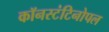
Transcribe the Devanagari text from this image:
कॉनस्टंटिनोपल